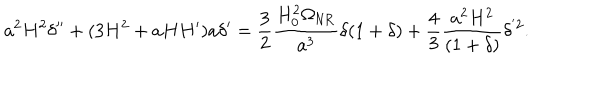
a ^ { 2 } H ^ { 2 } \delta ^ { \prime \prime } + ( 3 H ^ { 2 } + a H H ^ { \prime } ) a \delta ^ { \prime } = \frac { 3 } { 2 } \frac { H _ { 0 } ^ { 2 } \Omega _ { \mathrm { N R } } } { a ^ { 3 } } \delta ( 1 + \delta ) + \frac { 4 } { 3 } \frac { a ^ { 2 } H ^ { 2 } } { ( 1 + \delta ) } \delta ^ { ' 2 } .